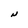
Character: N